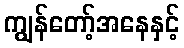
ကျွန်တော့်အနေနှင့်